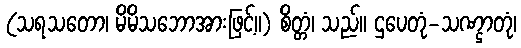
(သရသတော၊ မိမိသဘောအားဖြင့်။) စိတ္တံ၊ သည်။ ဌပေတုံ-သဏ္ဌာတုံ၊